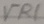
Text: VR1